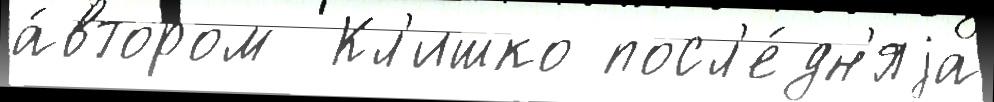
а́втором  Кл'ишко посл'е́дн'яjа